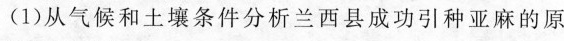
(1)从气候和土壤条件分析兰西县成功引种亚麻的原